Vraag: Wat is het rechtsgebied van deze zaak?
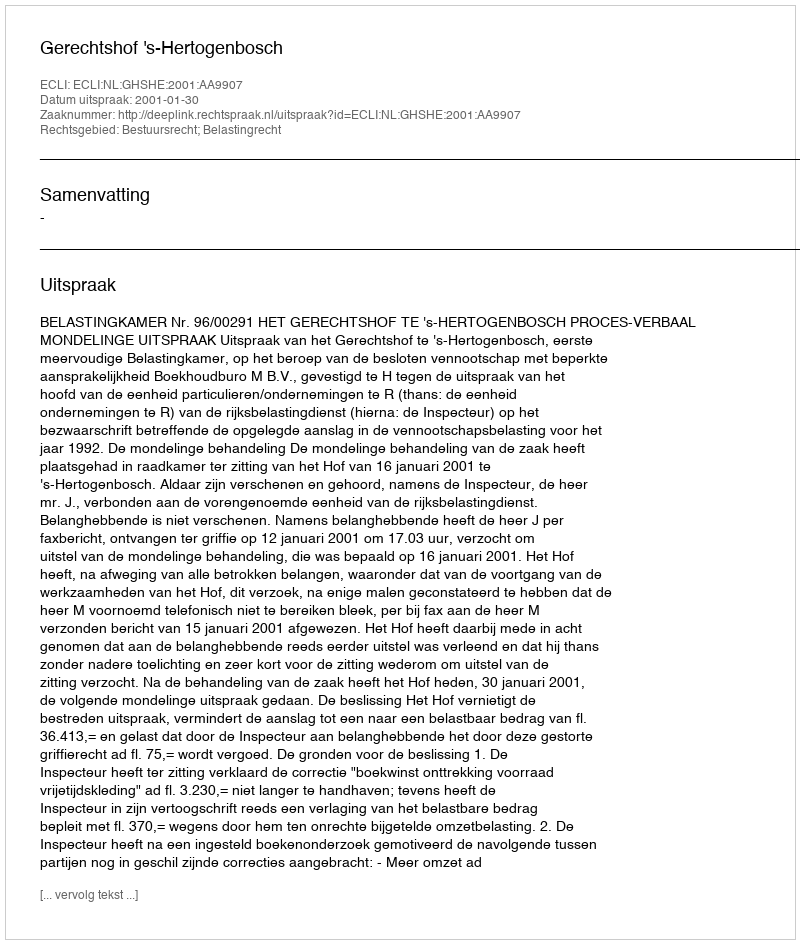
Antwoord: Bestuursrecht; Belastingrecht